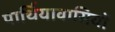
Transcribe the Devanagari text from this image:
पार्थियावासियों